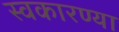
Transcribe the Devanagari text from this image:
स्वकारण्या